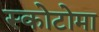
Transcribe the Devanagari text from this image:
स्कोटोमा